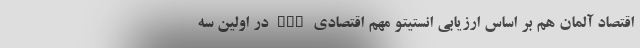
اقتصاد آلمان هم بر اساس ارزیابی انستیتو مهم اقتصادی DIW در اولین سه